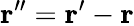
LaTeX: \mathbf{r}^{\prime\prime}=\mathbf{r}^{\prime}-\mathbf{r}